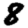
Digit: 8